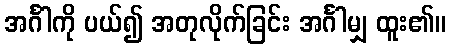
အင်္ဂါကို ပယ်၍ အတုလိုက်ခြင်း အင်္ဂါမျှ ထူး၏။